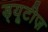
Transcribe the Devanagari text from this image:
ड्यूटीज़